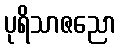
ပုရိသာဇညော